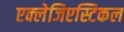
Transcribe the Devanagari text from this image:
एक्लेजिएस्टिकल